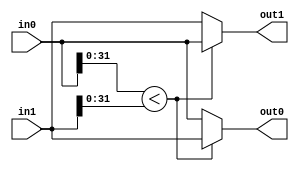
`timescale 1ns / 1ps
//////////////////////////////////////////////////////////////////////////////////
// Company: 
// Engineer: 
// 
// Design Name: 
// Module Name: 2elemsorter
// Project Name: 
// Target Devices: 
// Tool Versions: 
// Description: 
// 
// Dependencies: 
// 
// Revision:
// Revision 0.01 - File Created
// Additional Comments:
// 
//////////////////////////////////////////////////////////////////////////////////


module elemsorter
    #(parameter DATA_WIDTH = 31)
    (
    input [DATA_WIDTH+6:0] in0,
    input [DATA_WIDTH+6:0] in1,
    output reg [DATA_WIDTH+6:0] out0,
    output reg [DATA_WIDTH+6:0] out1
    );
    
    always @(in0, in1) begin 
        if (in0[31:0] < in1[31:0]) begin
            out0 = in1;
            out1 = in0;
        end
        else begin 
            out0 = in0;
            out1 = in1;
        end
    end
endmodule